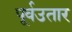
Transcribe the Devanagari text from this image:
पूर्वउतार